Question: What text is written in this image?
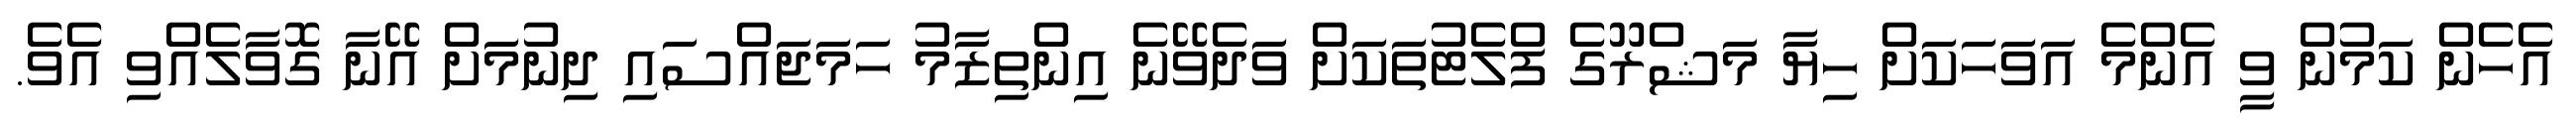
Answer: އެހެން ކަމުން ވީ އެންމެ އަވަހަކަށް ހިޔާ މަޝްރޫގެ ފްލެޓުތަކަށް ވަދެވޭނެ އިންތިޒާމު ހަމަޖައްސައި ދިނުމަށް އޭނާ ގޮވާލެއްވި އެވެ.